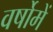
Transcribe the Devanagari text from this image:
वर्षोमें